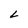
Character: L